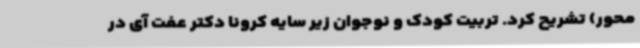
‌محور) تشریح کرد. تربیت کودک و نوجوان زیر سایه کرونا دکتر عفت آی در